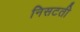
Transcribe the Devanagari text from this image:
निसटती